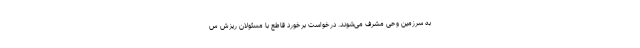
به سرزمین وحی مشرف می‌شوند. درخواست برخورد قاطع با مسئولان ریزش س